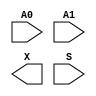
module sky130_fd_sc_hs__mux2 (
    //# {{data|Data Signals}}
    input  A0,
    input  A1,
    output X ,

    //# {{control|Control Signals}}
    input  S
);

    // Voltage supply signals
    supply1 VPWR;
    supply0 VGND;

endmodule